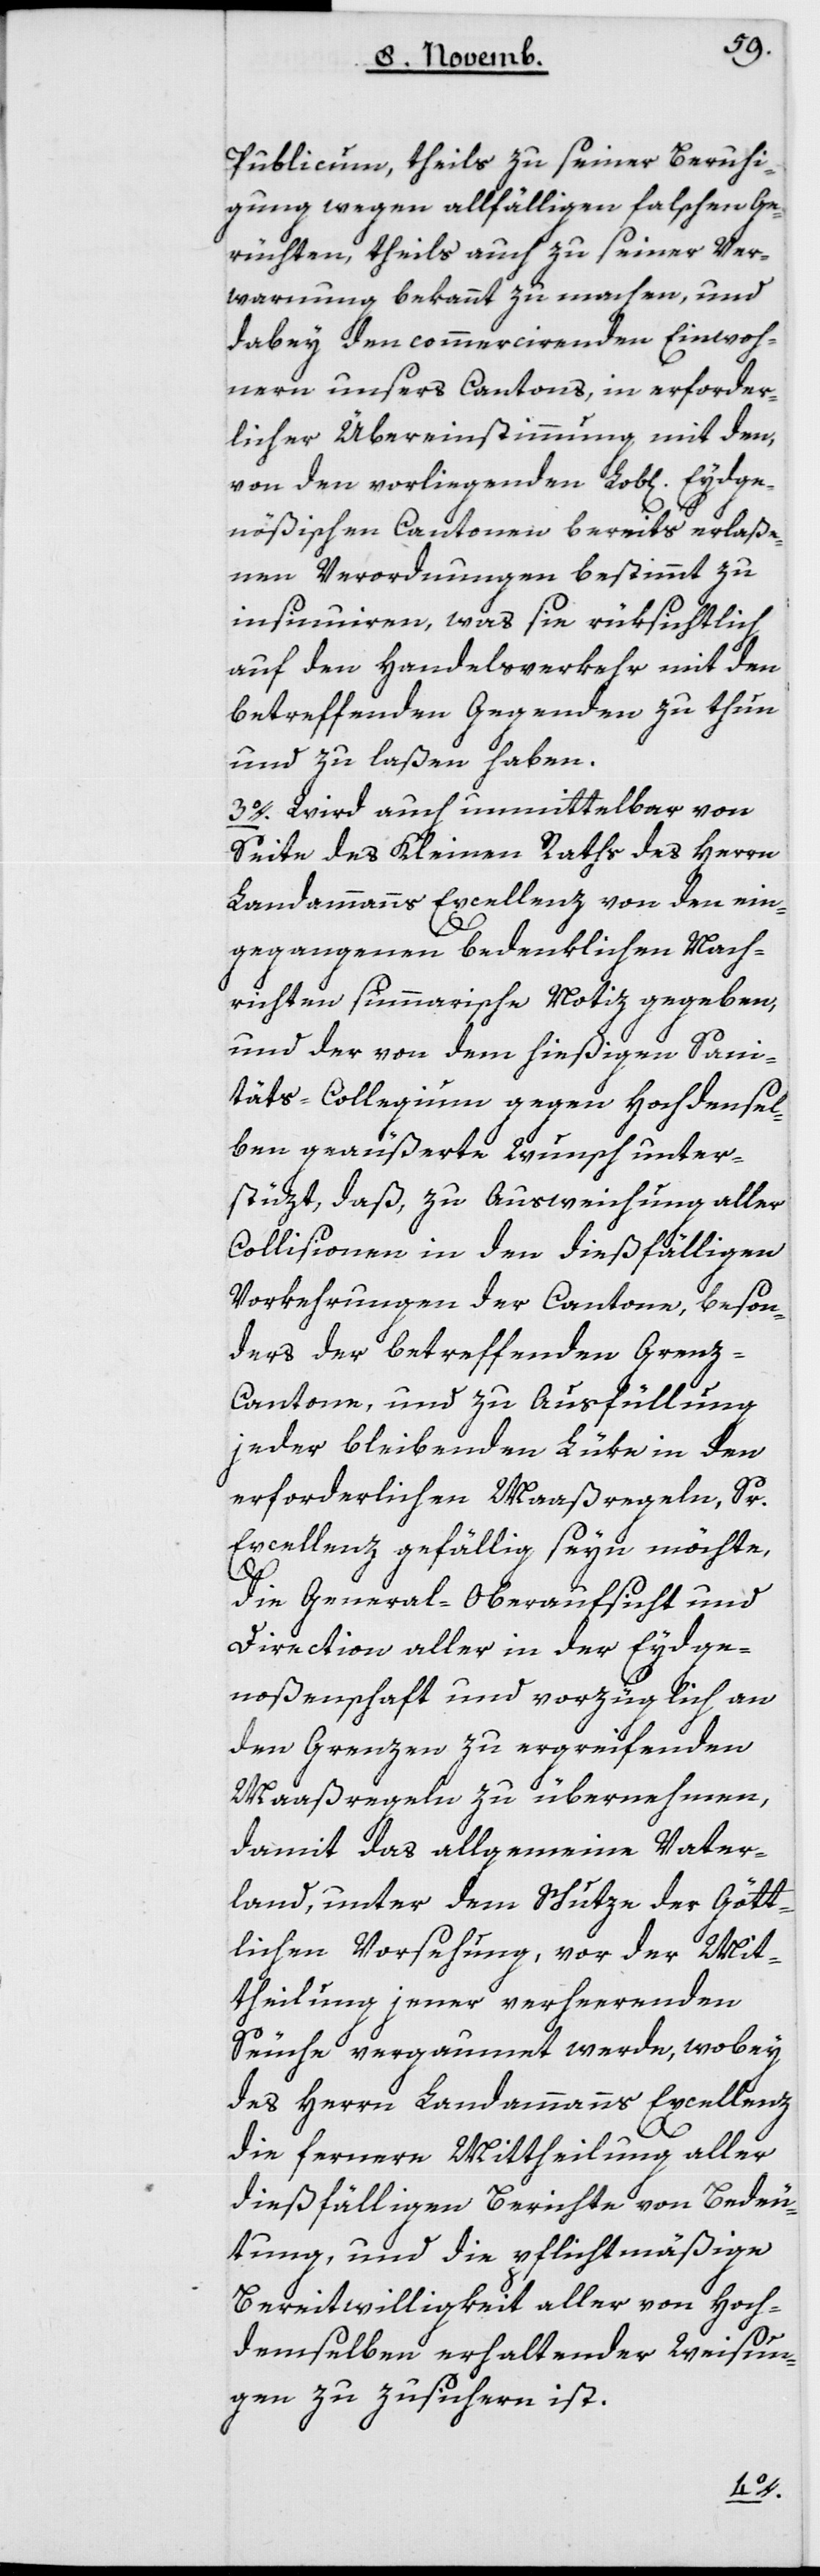
Publicum, theils zu seiner Beruhi¬
gung wegen allfälligen falschen Ge¬
rüchten, theils auch zu seiner Ver¬
warnung bekannt zu machen, und
dabey den commercierenden Einwoh¬
nern unsers Kantons, in erforder¬
licher Übereinstimmung mit den,
von den vorliegenden L. Eydge¬
nößischen Cantonen bereits erlaße¬
nen Verordnungen bestimmt zu
insinuieren, was sie rüksichtlich
auf den Handelsverkehr mit den
betreffenden Gegenden zu thun
und zu laßen haben.
3. Wird auch unmittelbar von
Seite des Kleinen Raths des Herrn
Landammanns Excellenz von den ein¬
gegangenen bedenklichen Nach¬
richten summarische Notiz gegeben,
und der von dem hießigen Sani¬
täts-Collegium gegen Hochdensel¬
ben geäußerte Wunsch unter¬
stüzt, daß, zu Ausweichung aller
Collisionen in den dießfälligen
Vorkehrungen der Cantone, beson¬
ders der betreffenden Gren¬
z-Cantone, und zu Ausfüllung
jeder bleibenden Lüke in den
erforderlichen Maaßregeln, Sr.
Excellenz gefällig seyn möchte,
die General-Oberaufsicht und
Direction aller in der Eydge¬
noßenschaft und vorzüglich an
den Grenzen zu ergreifenden
Maßregeln zu übernehmen,
damit das allgemeine Vater¬
land, unter dem Schutze der gött¬
lichen Vorsehung, vor der Mit¬
theilung jener verheerenden
Seuche vergaumet werde, wobey
des Herrn Landammanns Excellenz
die fernere Mittheilung aller
dießfälligen Berichte von Bedeu¬
tung, und die pflichtmäßige
Bereitwilligkeit aller von Hoch¬
demselben erhaltender Weisun¬
gen zuzusichern ist.